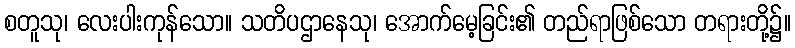
စတူသု၊ လေးပါးကုန်သော။ သတိပဌာနေသု၊ အောက်မေ့ခြင်း၏ တည်ရာဖြစ်သော တရားတို့၌။